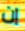
إن